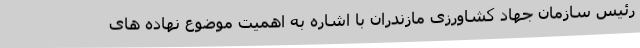
رئیس سازمان جهاد کشاورزی مازندران با اشاره به اهمیت موضوع نهاده های